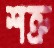
শত্রু